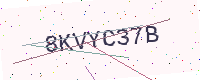
Text: 8KVYC37B